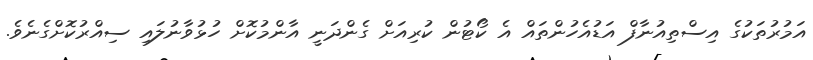
އަމުރުތަކުގެ އިސްތިއުނާފް އަޑުއެހުންތައް އެ ކޯޓުން ކުރިއަށް ގެންދަނީ އާންމުކޮށް ހުޅުވާނުލައި ސިއްރުކޮށްގެނެވެ.